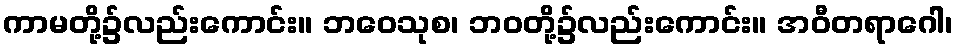
ကာမတို့၌လည်းကောင်း။ ဘဝေသုစ၊ ဘဝတို့၌လည်းကောင်း။ အဝီတရာဂေါ၊